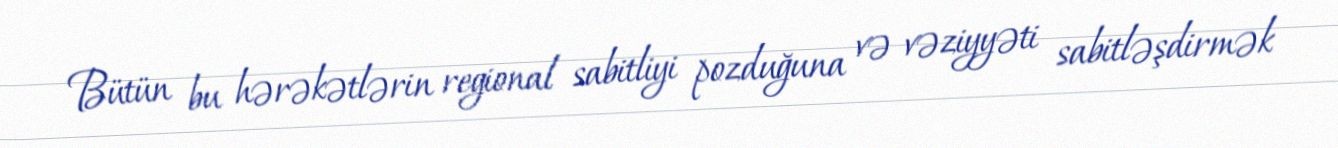
Bütün bu hərəkətlərin regional sabitliyi pozduğuna və vəziyyəti sabitləşdirmək